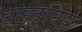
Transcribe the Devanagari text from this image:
वास्‍तुविद